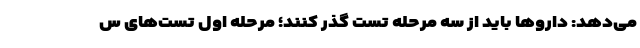
می‌دهد: داروها باید از سه مرحله تست گذر کنند؛ مرحله اول تست‌های س